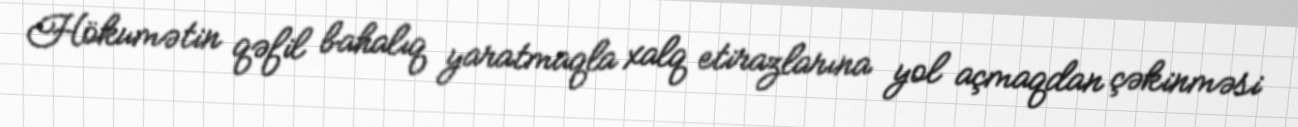
Hökumətin qəfil bahalıq yaratmaqla xalq etirazlarına yol açmaqdan çəkinməsi